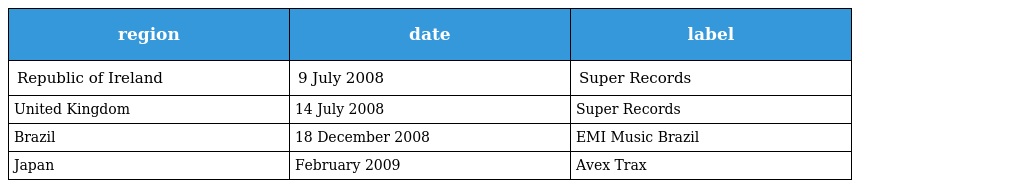
| region | date | label |
 | --- | --- | --- |
 | Republic of Ireland | 9 July 2008 | Super Records |
 | United Kingdom | 14 July 2008 | Super Records |
 | Brazil | 18 December 2008 | EMI Music Brazil |
 | Japan | February 2009 | Avex Trax |